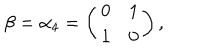
LaTeX: \beta = \alpha _ { 4 } = \left( \begin{matrix} { { 0 } } & { { 1 } } \\ { { 1 } } & { { 0 } } \\ \end{matrix} \right) ,